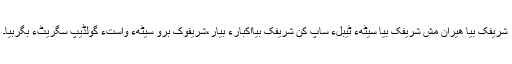
شریفک بیا ھیران مُش شریفک بیا سیٹھءِ ٹیبلءَ ساپ کن شریفک بیااکبارءَ بیار،شریفوک برو سیٹھءِ واستءَ گولڈیپ سگریٹءِ بگربیا۔